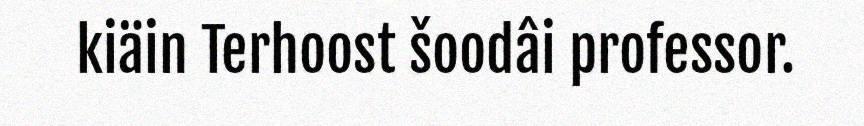
kiäin Terhoost šoodâi professor.